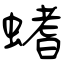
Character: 螧